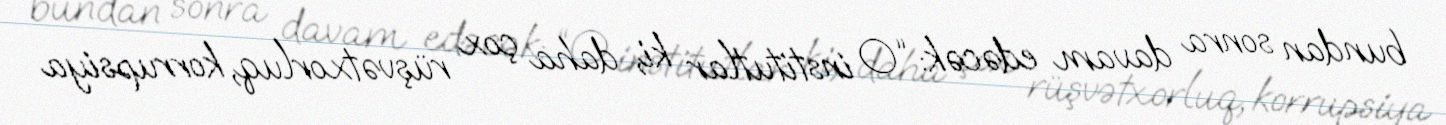
bundan sonra davam edəcək: “O institutlar ki, daha çox rüşvətxorluq, korrupsiya